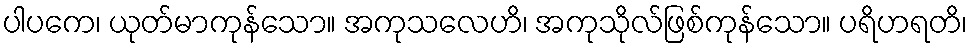
ပါပကေ၊ ယုတ်မာကုန်သော။ အကုသလေဟိ၊ အကုသိုလ်ဖြစ်ကုန်သော။ ပရိဟရတိ၊